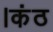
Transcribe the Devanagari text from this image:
।कंठ